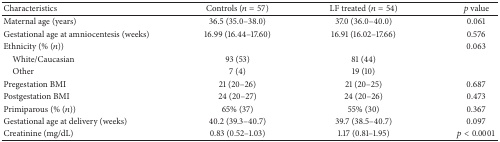
<table><thead><tr><td><b>Characteristics</b></td><td><b>Controls (<i>n</i> = 57)</b></td><td><b>LF treated (<i>n</i> = 54)</b></td><td><b><i>p</i> value</b></td></tr></thead><tbody><tr><td>Maternal age (years)</td><td>36.5 (35.0–38.0)</td><td>37.0 (36.0–40.0)</td><td>0.061</td></tr><tr><td>Gestational age at amniocentesis (weeks)</td><td>16.99 (16.44–17.60)</td><td>16.91 (16.02–17.66)</td><td>0.576</td></tr><tr><td>Ethnicity (% (<i>n</i>))</td><td> </td><td> </td><td>0.063</td></tr><tr><td> White/Caucasian</td><td>93 (53)</td><td>81 (44)</td><td> </td></tr><tr><td> Other</td><td>7 (4)</td><td>19 (10)</td><td> </td></tr><tr><td>Pregestation BMI</td><td>21 (20–26)</td><td>21 (20–25)</td><td>0.687</td></tr><tr><td>Postgestation BMI</td><td>24 (20–27)</td><td>24 (20–26)</td><td>0.473</td></tr><tr><td>Primiparous (% (<i>n</i>))</td><td>65% (37)</td><td>55% (30)</td><td>0.367</td></tr><tr><td>Gestational age at delivery (weeks)</td><td>40.2 (39.3–40.7)</td><td>39.7 (38.5–40.7)</td><td>0.097</td></tr><tr><td>Creatinine (mg/dL)</td><td>0.83 (0.52–1.03)</td><td>1.17 (0.81–1.95)</td><td><i>p</i> &lt; 0.0001</td></tr></tbody></table>